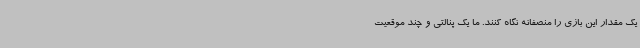
یک مقدار این بازی را منصفانه نگاه کنند. ما یک پنالتی و چند موقعیت